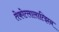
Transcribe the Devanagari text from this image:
तेकोत्लालात्झिन